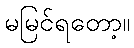
မမြင်ရတော့။